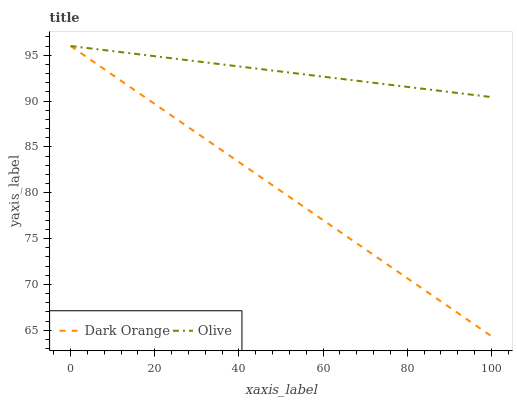
| xaxis_label | Dark Orange | Olive |
 | --- | --- | --- |
 | 0 | 96 | 96 |
 | 11.1 | 92.5 | 95.4 |
 | 22.2 | 89 | 94.8 |
 | 33.3 | 85.4 | 94.1 |
 | 44.4 | 81.9 | 93.5 |
 | 55.6 | 78.4 | 92.9 |
 | 66.7 | 74.9 | 92.3 |
 | 77.8 | 71.4 | 91.7 |
 | 88.9 | 67.9 | 91 |
 | 100 | 64.3 | 90.4 |